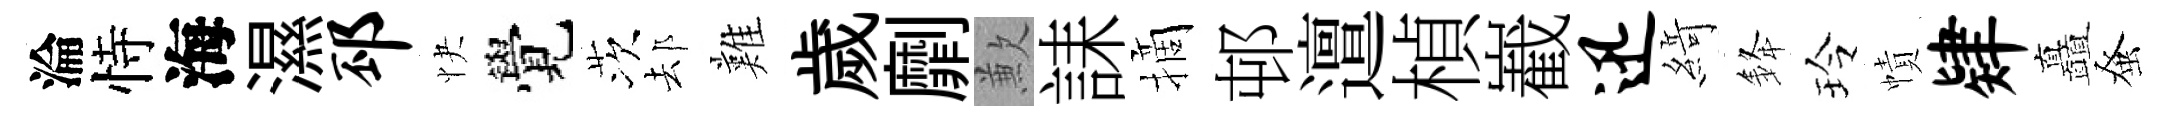
淪恃海濕邳快覺茨𨚫難歲劘歉誄摘邨邅楨嶻迅𦂶𨦟玲幘肄矗𫊫